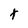
Character: t